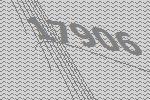
17906